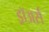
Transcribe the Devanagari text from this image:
ड्रॉअर्स